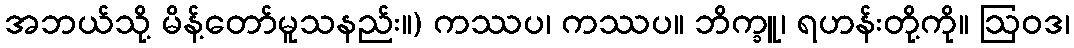
အဘယ်သို့ မိန့်တော်မူသနည်း။) ကဿပ၊ ကဿပ။ ဘိက္ခူ၊ ရဟန်းတို့ကို။ ဩဝဒ၊